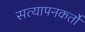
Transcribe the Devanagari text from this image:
सत्यापनकर्तों